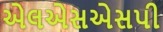
એલએસએસપી